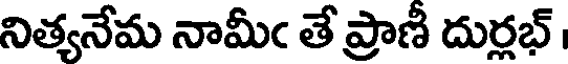
నిత్యనేమ నామీఁ తే ప్రాణీ దుర్లభ్